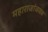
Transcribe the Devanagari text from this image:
महाराजांजवळ